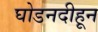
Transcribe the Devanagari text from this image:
घोडनदीहून